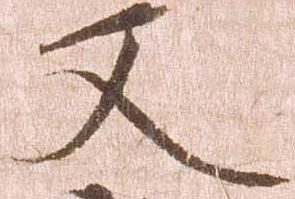
又